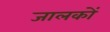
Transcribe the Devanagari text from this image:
जालकों